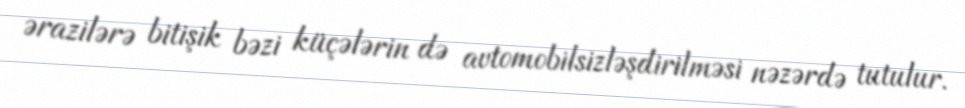
ərazilərə bitişik bəzi küçələrin də avtomobilsizləşdirilməsi nəzərdə tutulur.